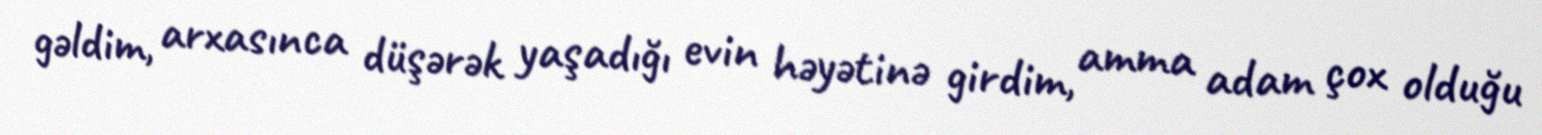
gəldim, arxasınca düşərək yaşadığı evin həyətinə girdim, amma adam çox olduğu